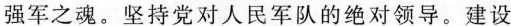
强军之魂。坚持党对人民军队的绝对领导。建设